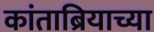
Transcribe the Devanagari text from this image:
कांताब्रियाच्या